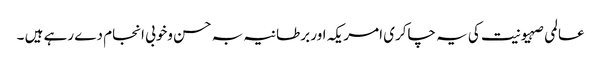
عالمی صہیونیت کی یہ چاکری امریکہ اور برطانیہ بہ حسن وخوبی انجام دے رہے ہیں ۔